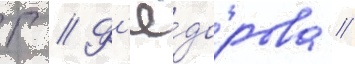
Г // Ф'ё́дорова /